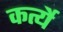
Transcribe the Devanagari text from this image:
कर्त्ये